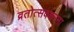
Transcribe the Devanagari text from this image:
व्रतोत्सवकरना